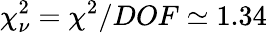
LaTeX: \chi_{\nu}^{2}=\chi^{2}/DOF\simeq 1.34